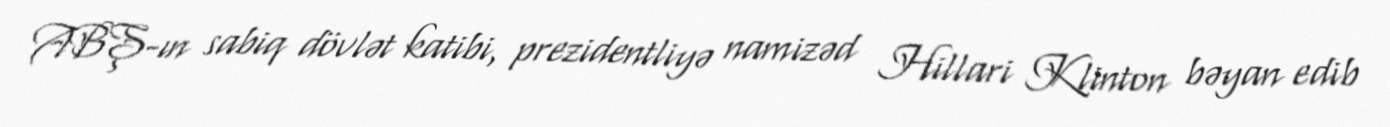
ABŞ-ın sabiq dövlət katibi, prezidentliyə namizəd Hillari Klinton bəyan edib